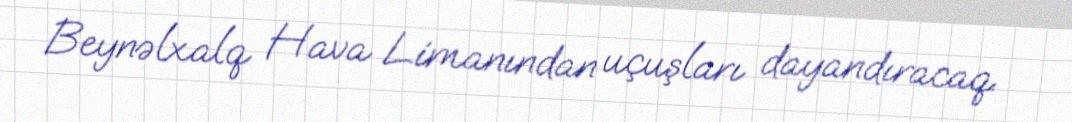
Beynəlxalq Hava Limanından uçuşları dayandıracaq.